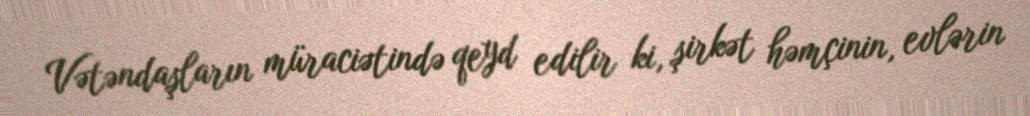
Vətəndaşların müraciətində qeyd edilir ki, şirkət həmçinin, evlərin